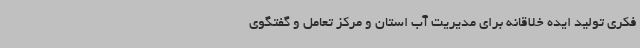
فکری تولید ایده خلاقانه برای مدیریت آب استان و مرکز تعامل و گفتگوی